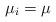
LaTeX: \begin{align*}\mu_i = \mu \end{align*}